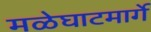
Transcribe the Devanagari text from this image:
मळेघाटमार्गे